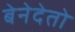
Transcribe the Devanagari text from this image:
बेनेदेतो